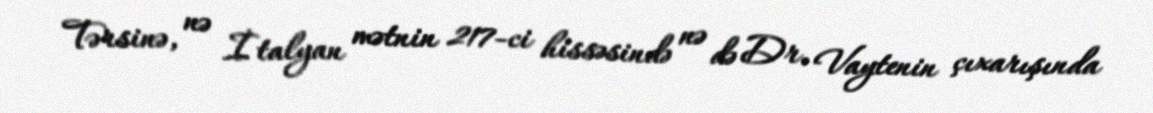
Tərsinə, nə İtalyan mətnin 217-ci hissəsində nə də Dr. Vaytenin çıxarışında